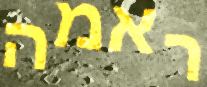
ראמה